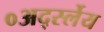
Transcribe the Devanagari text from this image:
०अर्द्स्लेय